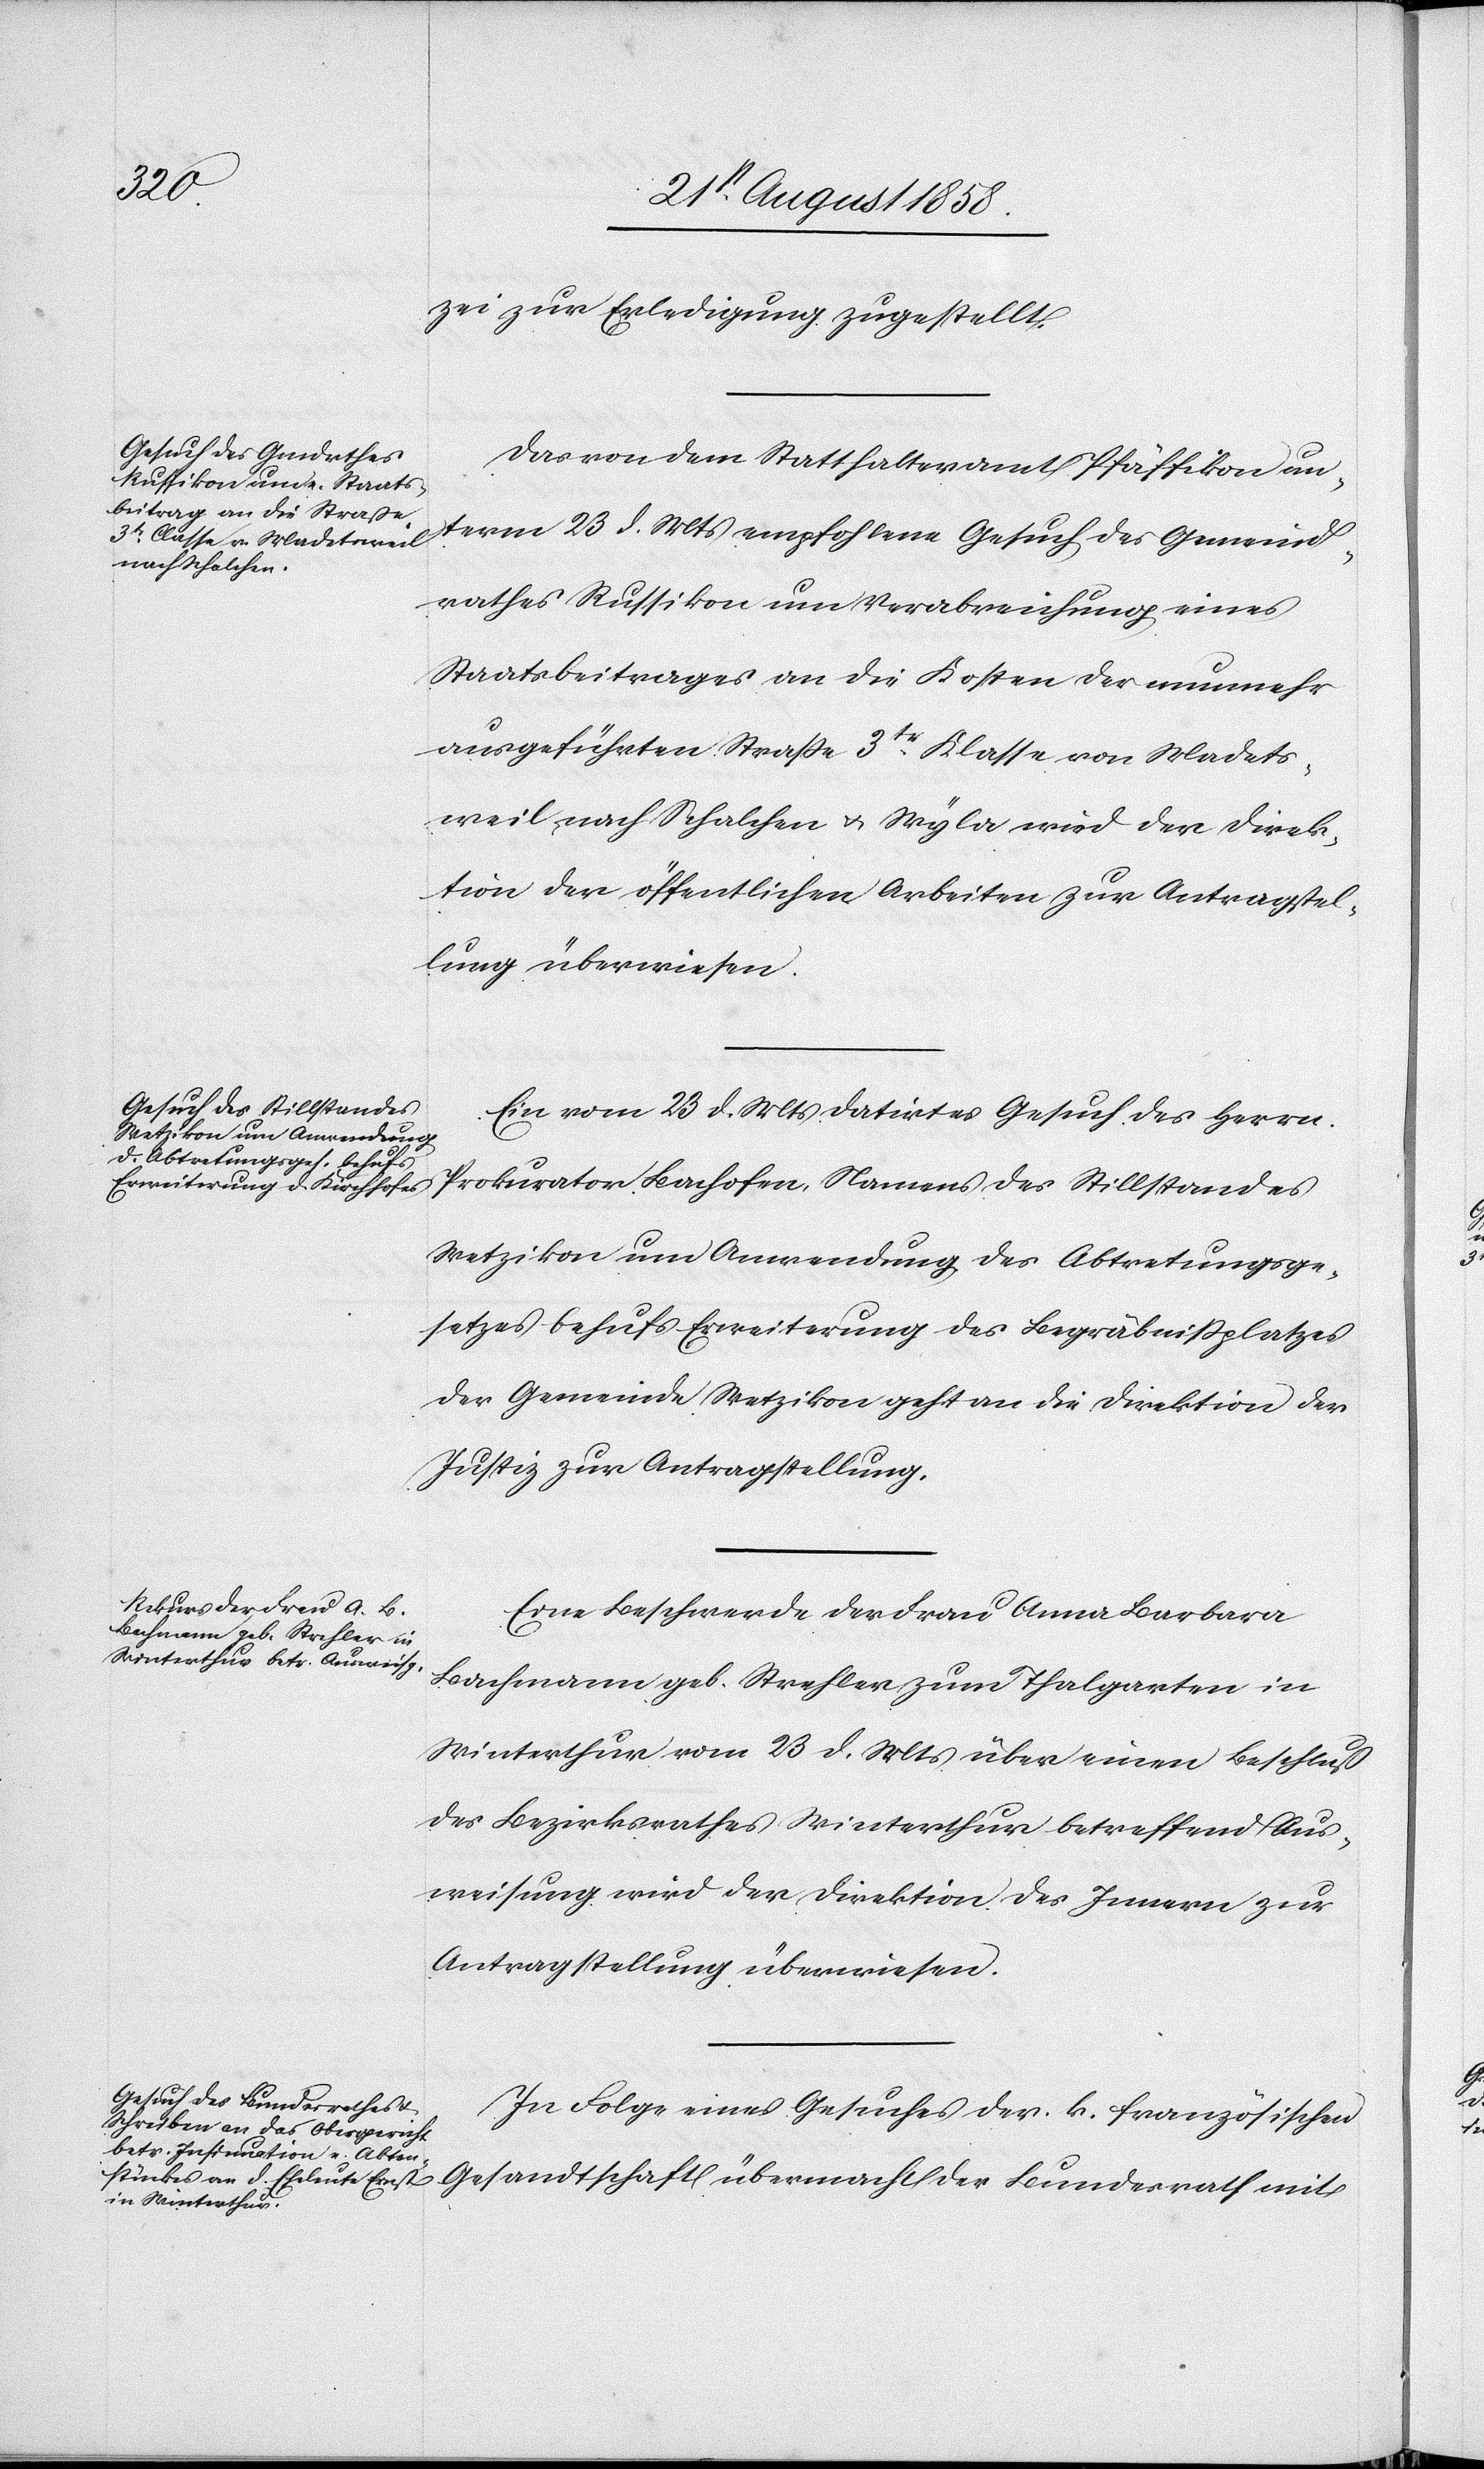
den

24st August 1858.]
zei zur Erledigung zugestellt.
Das von dem Statthalteramt Pfäffikon un¬
term 23 d. Mts empfohlene Gesuch des Gemeind¬
rathes Russikon um Verabreichung eines
Staatsbeitrages an die Kosten der nunmehr
ausgeführten Straße 3tr. Klasse von Madets¬
weil nach Schalchen & Wyla wird der Direk¬
tion der öffentlichen Arbeiten zur Antragstel¬
lung überwiesen.
Ein vom 23 d. Mts datirtes Gesuch des Herrn
Prokurator Bachofen, Namens des Stillstandes
Wetzikon um Anwendung des Abtretungsge¬
setzes behufs Erweiterung des Begräbnißplatzes
der Gemeinde Wetzikon geht an die Direktion der
Justiz zur Antragstellung.
Eine Beschwerde der Frau Anna Barbara
Bachmann geb. Strehler zum Thalgarten in
Winterthur vom 23 d. Mts über einen Beschluß
des Bezirksrathes Winterthur betreffend Aus¬
weisung wird der Direktion des Innern zur
Antragstellung überwiesen.
In Folge eines Gesuches der k. französischen
Gesandtschaft übermacht der Bundesrath mit